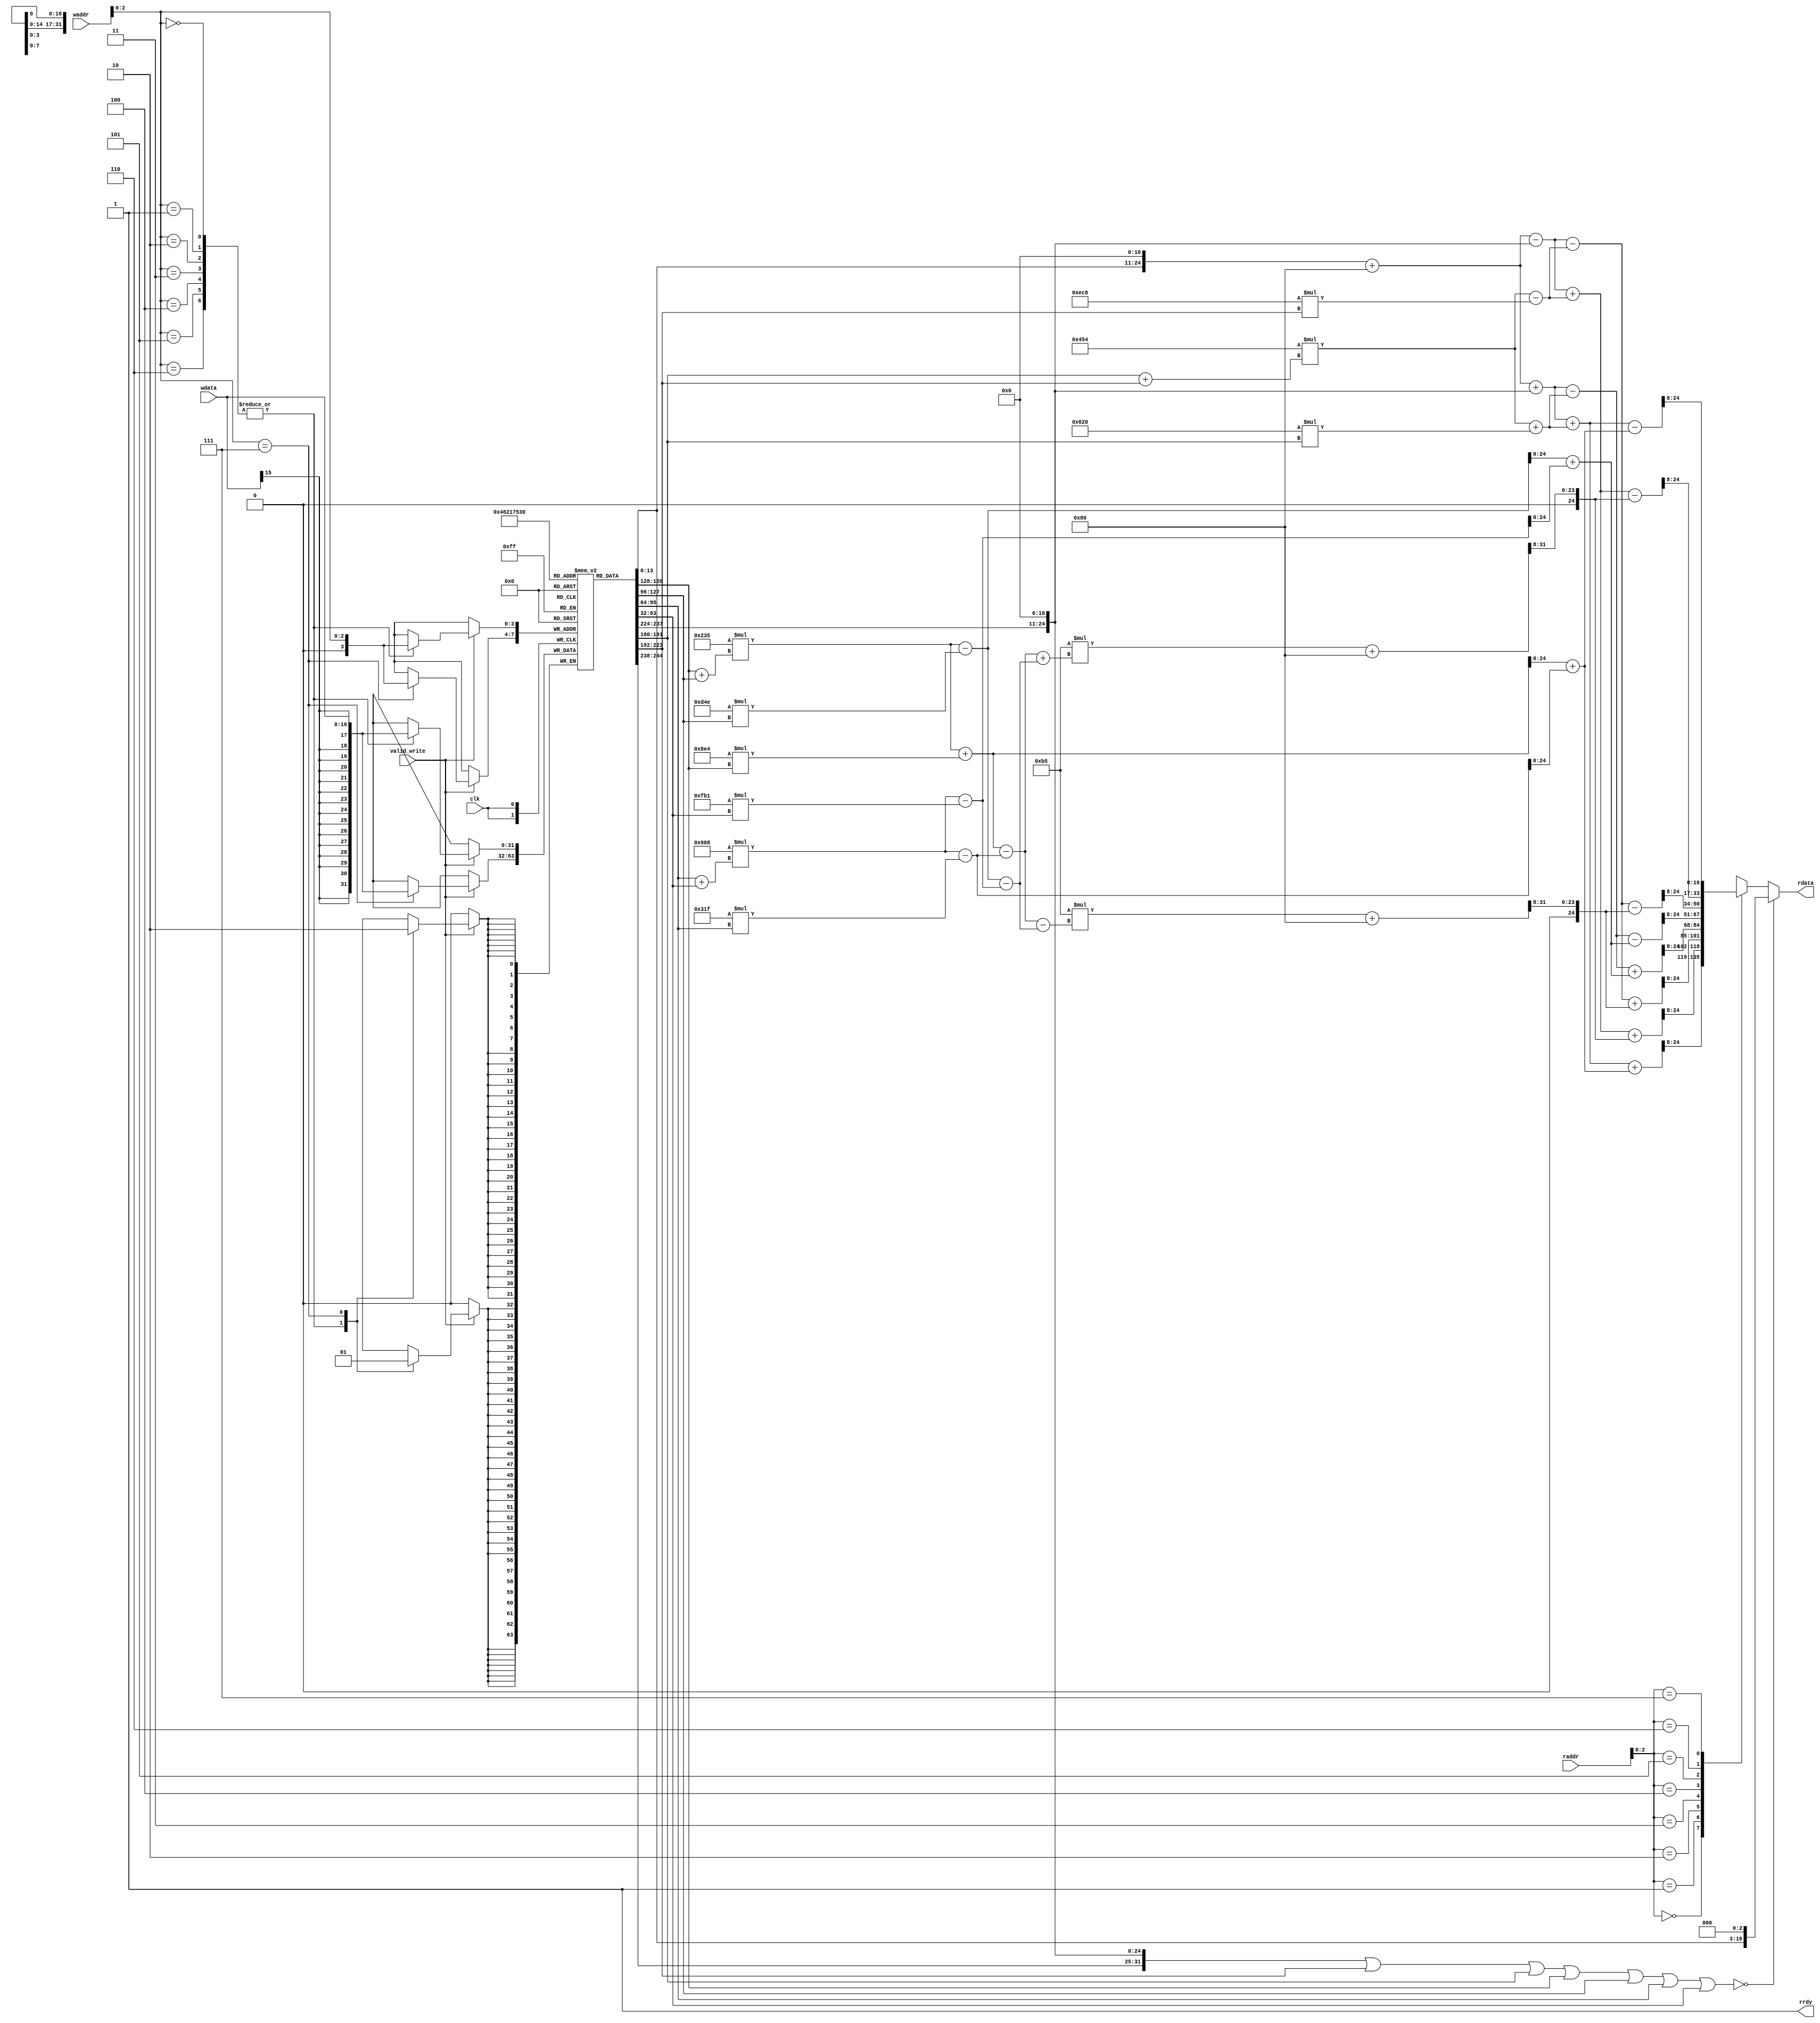
module idctrowg(
    input clk,
    input [31:0] raddr, waddr,
    input valid_write,
    input signed [16:0] wdata,
    output reg signed [16:0] rdata,
    output reg rrdy
);
    integer W1 = 2841;
    integer W2 = 2676;
    integer W3 = 2408;
    integer W5 = 1609;
    integer W6 = 1108;
    integer W7 = 565;
    
    reg signed [31:0] x [0:8];
    reg signed [31:0] y [0:8];
    // This implements the ROW IDCT from nanojpeg
    
    integer i;
    initial begin       // Initail values in registers
        for(i=0; i<9; i=i+1) begin
            x[i] = 16'b0;
    end
    end
    
    reg rdy;
    always @(posedge clk) begin
        if(valid_write) begin
            case(waddr[2:0])
                3'b000,
                3'b001,
                3'b010,
                3'b011,
                3'b100,
                3'b101,
                3'b110 : begin
                    x[waddr[2:0]] <= {{16{wdata[15]}}, wdata};
                    rdy <= 1'b0;
                end
                3'b111 : begin 
                    x[waddr[2:0]] <= {{16{wdata[15]}}, wdata};
                end
            endcase
        end
    end
    
    always @(*) begin
        y[1] = x[4] << 11;
        y[2] = x[6];
        y[3] = x[2];
        y[4] = x[1];
        y[5] = x[7];
        y[6] = x[5];
        y[7] = x[3];
        if((y[1]|y[2]|y[3]|y[4]|y[5]|y[6]|y[7]) == 0) begin
            rdata = x[0] << 3;
            rrdy = 1'b1;
        end else begin
            y[0] = (x[0] << 11) + 128;
            y[8] = W7 * (y[4] + y[5]);
            y[4] = y[8] + (W1 - W7) * y[4];
            y[5] = y[8] - (W1 + W7) * y[5];
            y[8] = W3 * (y[6] + y[7]);
            y[6] = y[8] - (W3 - W5) * y[6];
            y[7] = y[8] - (W3 + W5) * y[7];
            y[8] = y[0] + y[1];
            y[0] = y[0] - y[1];
            y[1] = W6 * (y[3] + y[2]);
            y[2] = y[1] - (W2 + W6) * y[2];
            y[3] = y[1] + (W2 - W6) * y[3];
            y[1] = y[4] + y[6];
            y[4] = y[4] - y[6];
            y[6] = y[5] + y[7];
            y[5] = y[5] - y[7];
            y[7] = y[8] + y[3];
            y[8] = y[8] - y[3];
            y[3] = y[0] + y[2];
            y[0] = y[0] - y[2];
            y[2] = (181 * (y[4] + y[5]) + 128) >> 8;
            y[4] = (181 * (y[4] - y[5]) + 128) >> 8;
            case(raddr[2:0]) 
                3'b000 : rdata = (y[7] + y[1]) >> 8;
                3'b001 : rdata = (y[3] + y[2]) >> 8;
                3'b010 : rdata = (y[0] + y[4]) >> 8;
                3'b011 : rdata = (y[8] + y[6]) >> 8;
                3'b100 : rdata = (y[8] - y[6]) >> 8;
                3'b101 : rdata = (y[0] - y[4]) >> 8;
                3'b110 : rdata = (y[3] - y[2]) >> 8;
                3'b111 : rdata = (y[7] - y[1]) >> 8;
            endcase
            rrdy = 1'b1;
        end 
    end
endmodule